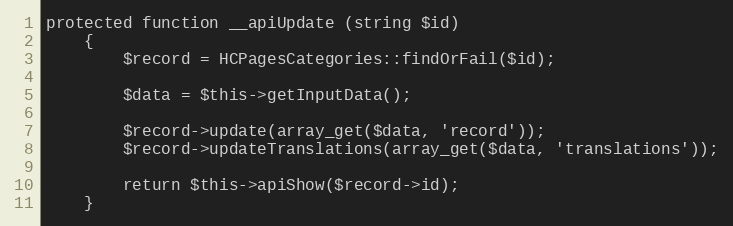
Language: PHP
protected function __apiUpdate (string $id)
    {
        $record = HCPagesCategories::findOrFail($id);

        $data = $this->getInputData();

        $record->update(array_get($data, 'record'));
        $record->updateTranslations(array_get($data, 'translations'));

        return $this->apiShow($record->id);
    }